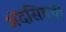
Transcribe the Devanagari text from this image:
ॲदसिडची